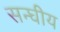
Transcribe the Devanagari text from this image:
सन्घीय